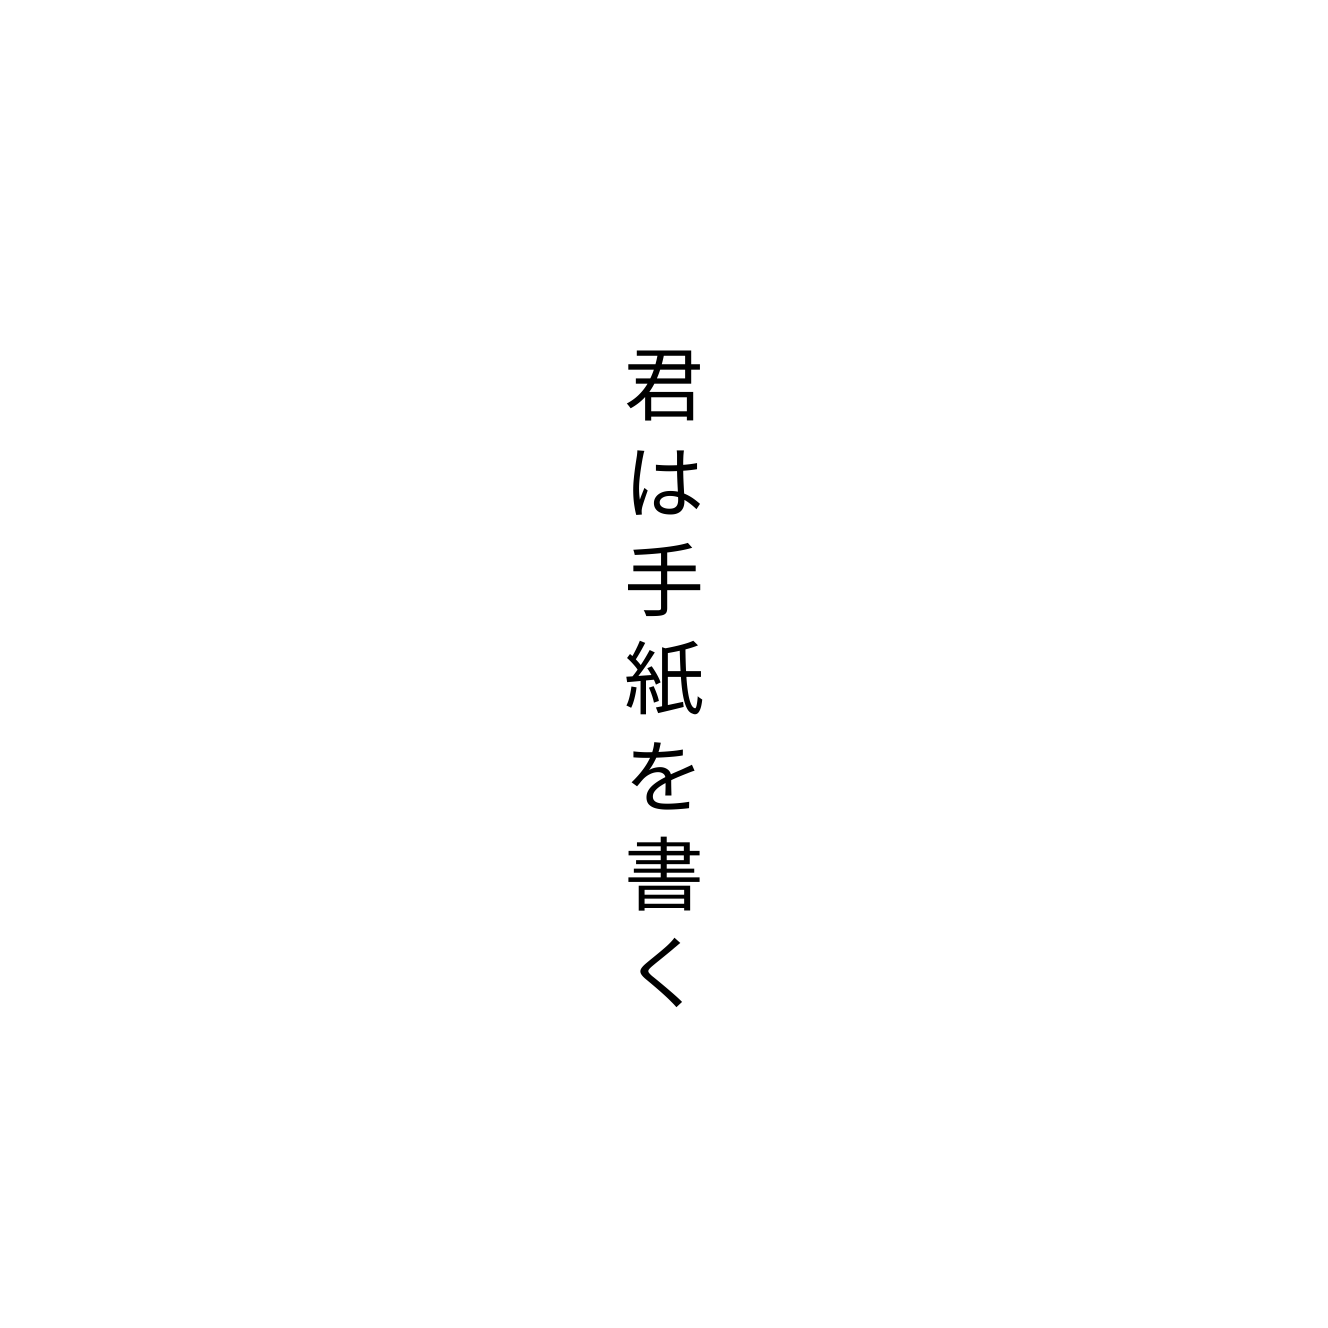
君は手紙を書く